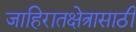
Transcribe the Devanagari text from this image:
जाहिरातक्षेत्रासाठी